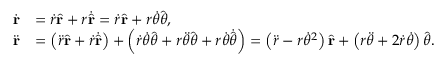
{ \begin{array} { r l } { { \dot { \mathbf { r } } } } & { = { \dot { r } } { \hat { \mathbf { r } } } + r { \dot { \hat { \mathbf { r } } } } = { \dot { r } } { \hat { \mathbf { r } } } + r { \dot { \theta } } { \hat { \boldsymbol { \theta } } } , } \\ { { \ddot { \mathbf { r } } } } & { = \left( { \ddot { r } } { \hat { \mathbf { r } } } + { \dot { r } } { \dot { \hat { \mathbf { r } } } } \right) + \left( { \dot { r } } { \dot { \theta } } { \hat { \boldsymbol { \theta } } } + r { \ddot { \theta } } { \hat { \boldsymbol { \theta } } } + r { \dot { \theta } } { \dot { \hat { \boldsymbol { \theta } } } } \right) = \left( { \ddot { r } } - r { \dot { \theta } } ^ { 2 } \right) { \hat { \mathbf { r } } } + \left( r { \ddot { \theta } } + 2 { \dot { r } } { \dot { \theta } } \right) { \hat { \boldsymbol { \theta } } } . } \end{array} }